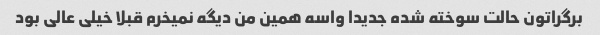
برگراتون حالت سوخته شده جدیدا واسه همین من دیگه نمیخرم قبلا خیلی عالی بود